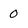
Character: 0